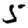
Digit: 5